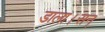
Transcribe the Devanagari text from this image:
डाला।सन्